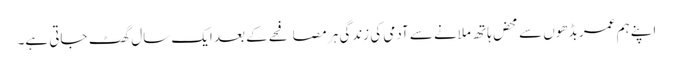
اپنے ہم عمر بڈھوں سے محض ہاتھ ملانے سے آدمی کی زندگی ہر مصافحے کے بعد ایک سال گھٹ جاتی ہے۔